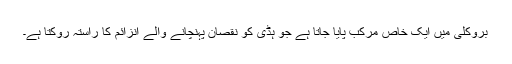
بروکلی میں ایک خاص مرکب پایا جاتا ہے جو ہڈی کو نقصان پہنچانے والے انزائم کا راستہ روکتا ہے۔